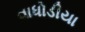
વાધોડીયા